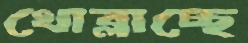
খোব্‌লাচ্ছে